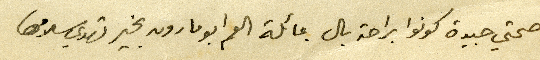
صحتي جيدة كونوا براحة بال عائلة العم ابو مارون بخير تهدي سلامها.